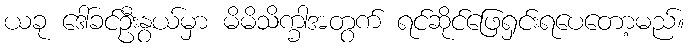
ယခု ဒေါ်ခင်ဦးနွယ်မှာ မိမိသိက္ခါအတွက် ရင်ဆိုင်ဖြေရှင်းရပေတော့မည်။